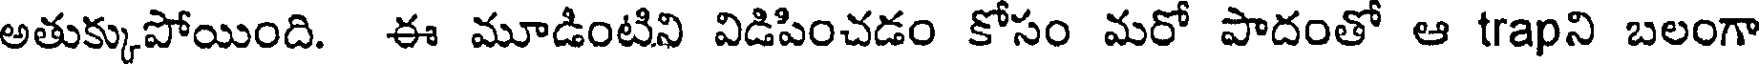
అతుక్కుపోయింది. ఈ మూడింటిని విడిపించడం కోసం మరో పాదంతో ఆ trapని బలంగా